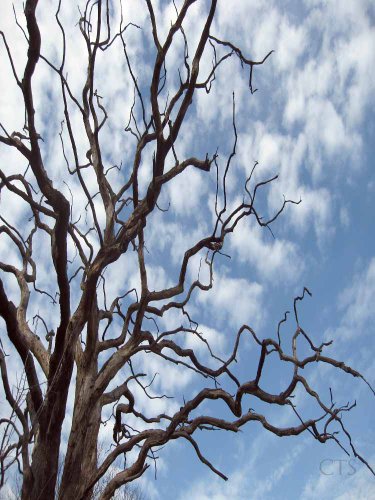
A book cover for Gethsemane: The true lessons for us of the sufferings of Our Lord in the Garden of Olives; Fr. Pichon S.J.; Christian Books & Bibles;